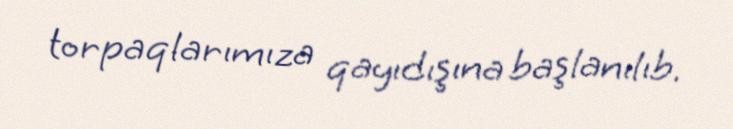
torpaqlarımıza qayıdışına başlanılıb.